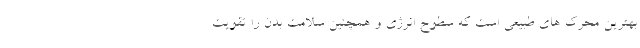
بهترین محرک های طبیعی است که سطوح انرژی و همچنین سلامت بدن را تقویت